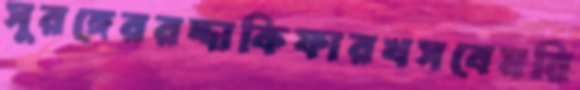
সুরঙ্গেররদ্দাকিফারখসবেমরি